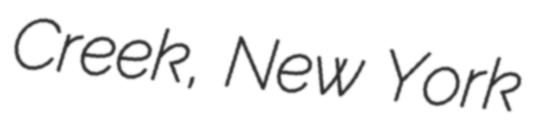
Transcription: Creek, New York